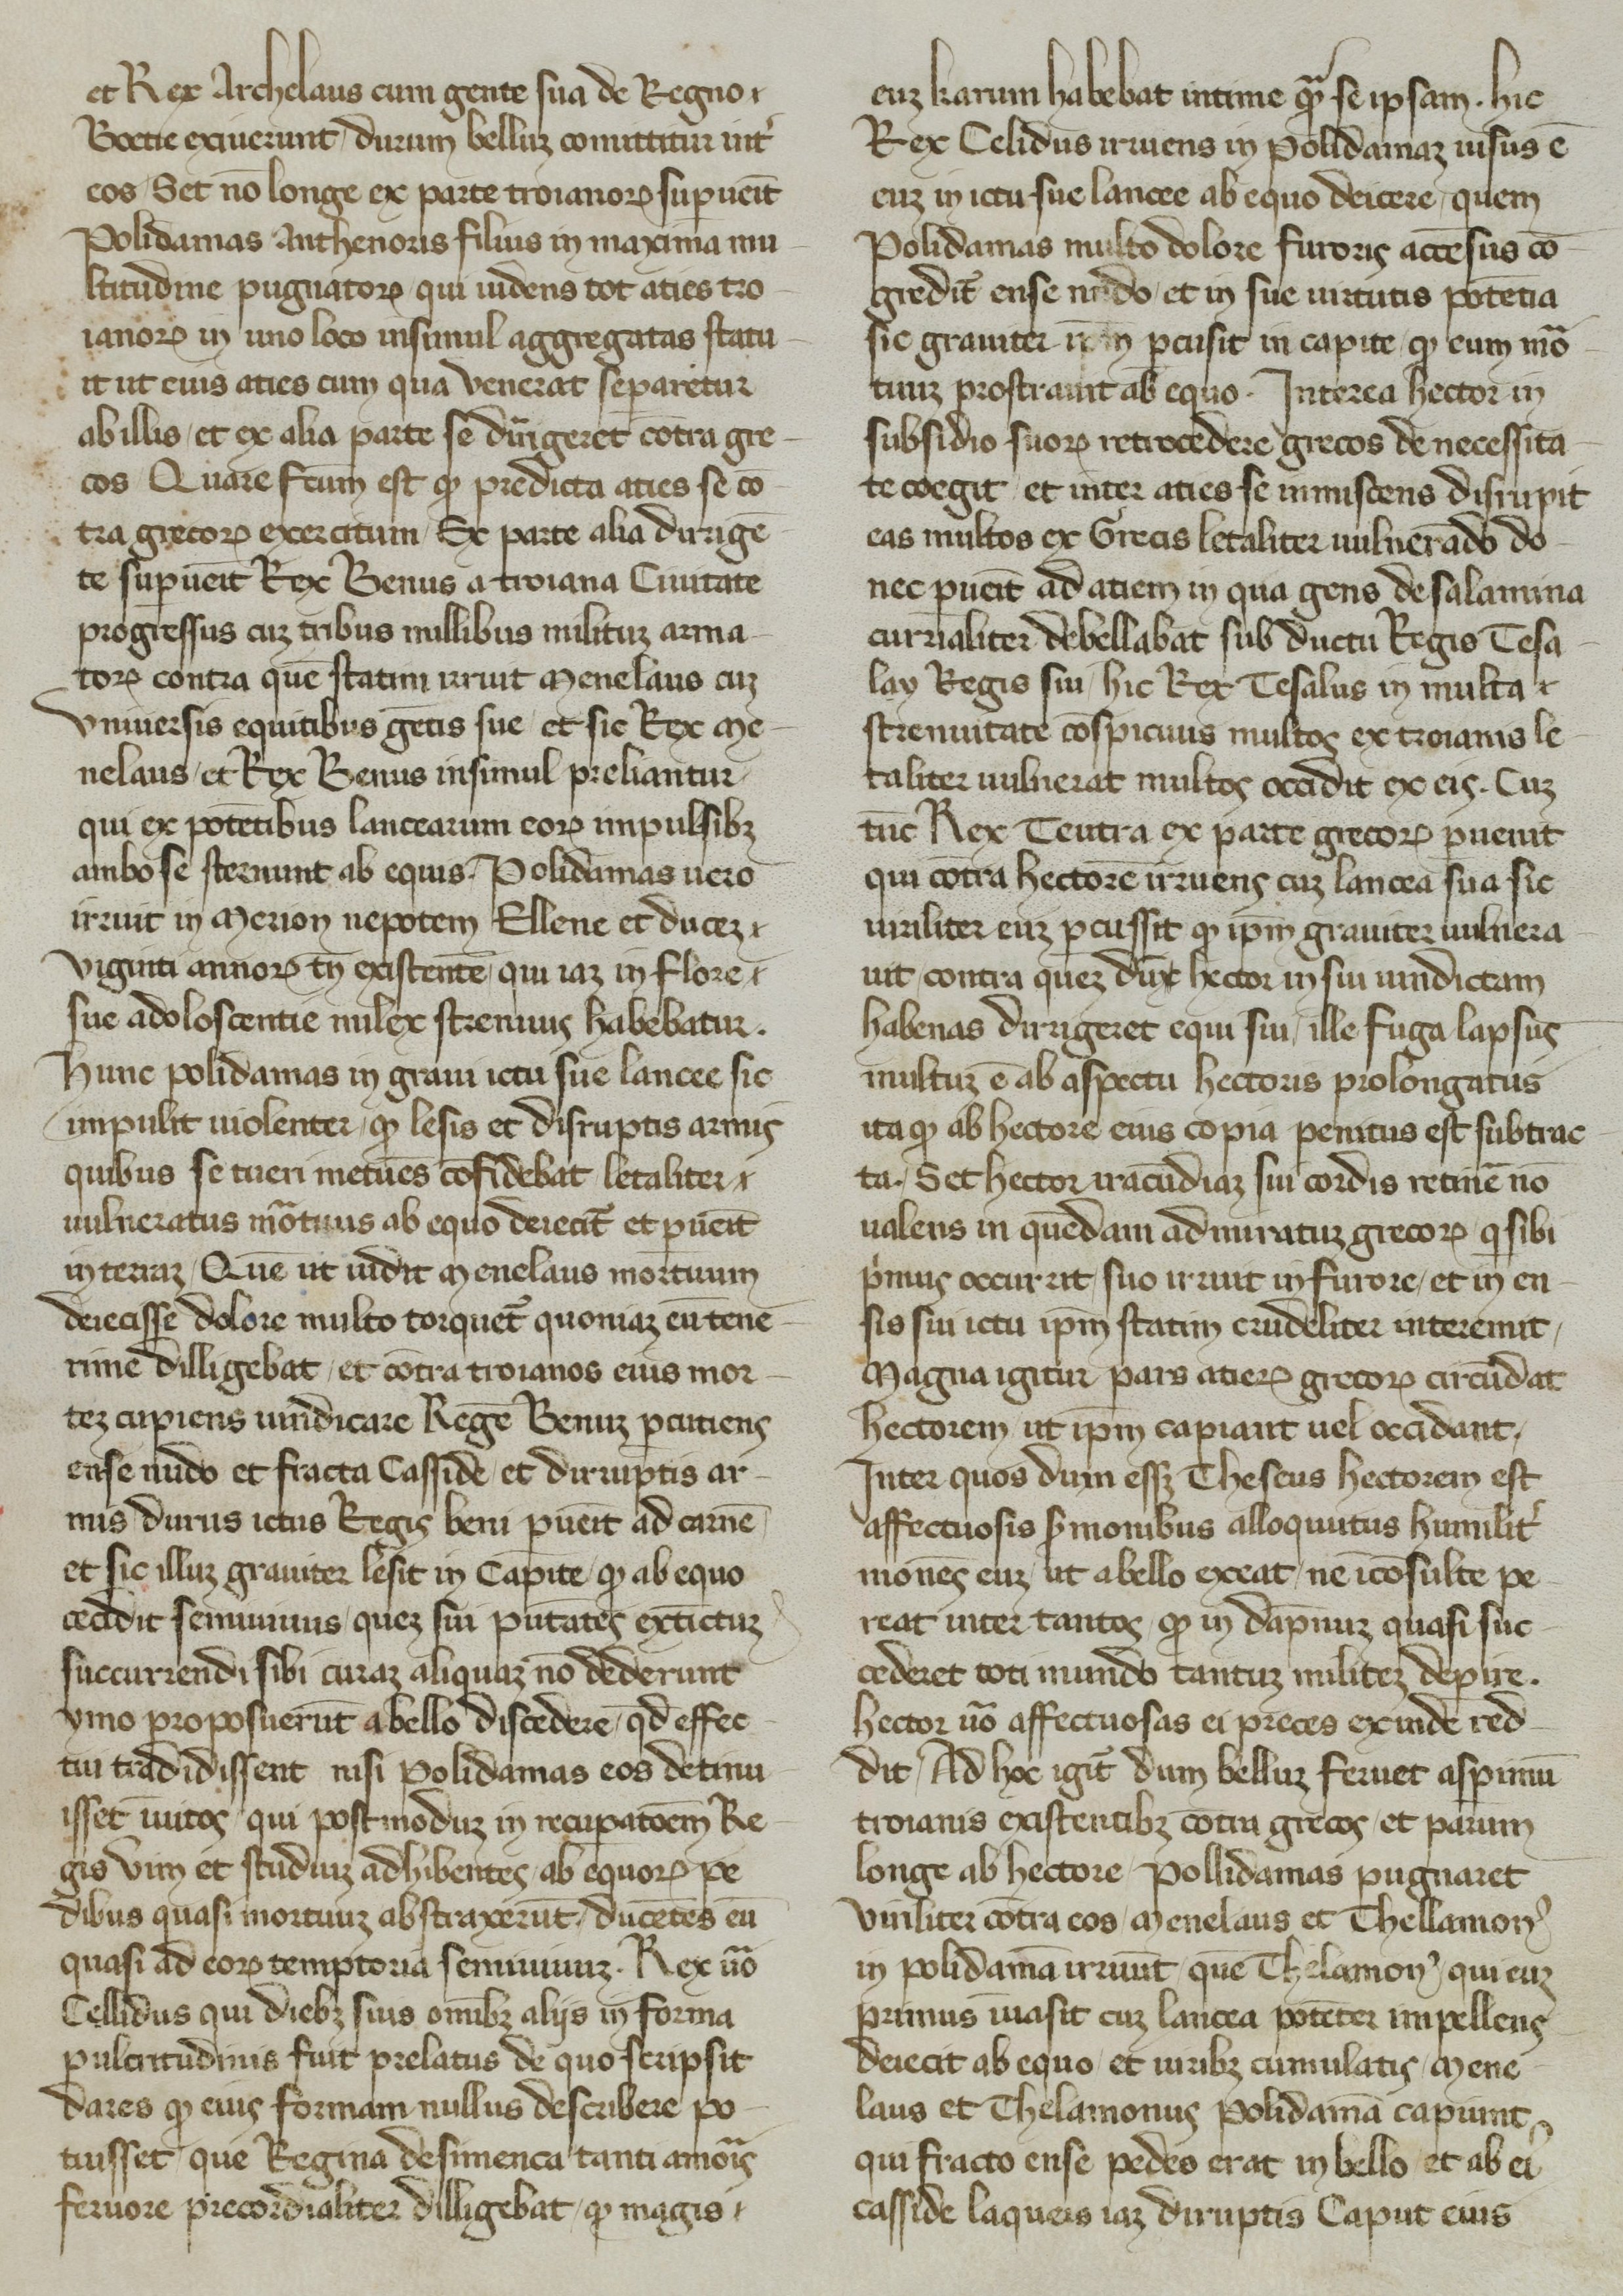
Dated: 1365–1375